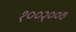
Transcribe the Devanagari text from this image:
१००२००७